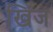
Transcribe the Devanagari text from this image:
खिज